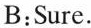
B:Sure.